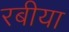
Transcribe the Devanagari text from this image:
रबीया